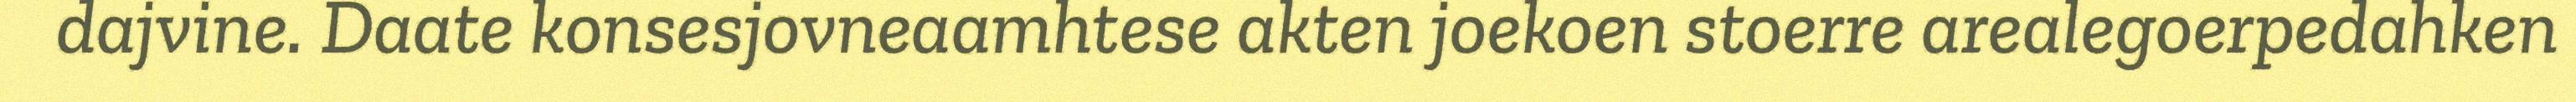
dajvine. Daate konsesjovneaamhtese akten joekoen stoerre arealegoerpedahken